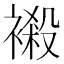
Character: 𧜁